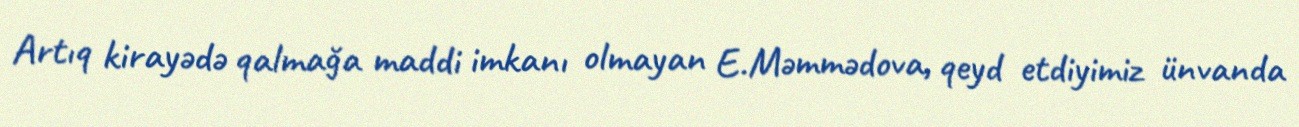
Artıq kirayədə qalmağa maddi imkanı olmayan E.Məmmədova, qeyd etdiyimiz ünvanda